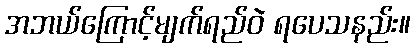
အဘယ်ကြောင့်မျက်ရည်ဝဲ ရပေသနည်း။